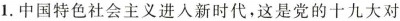
1.中国特色社会主义进入新时代，这是党的十九大对